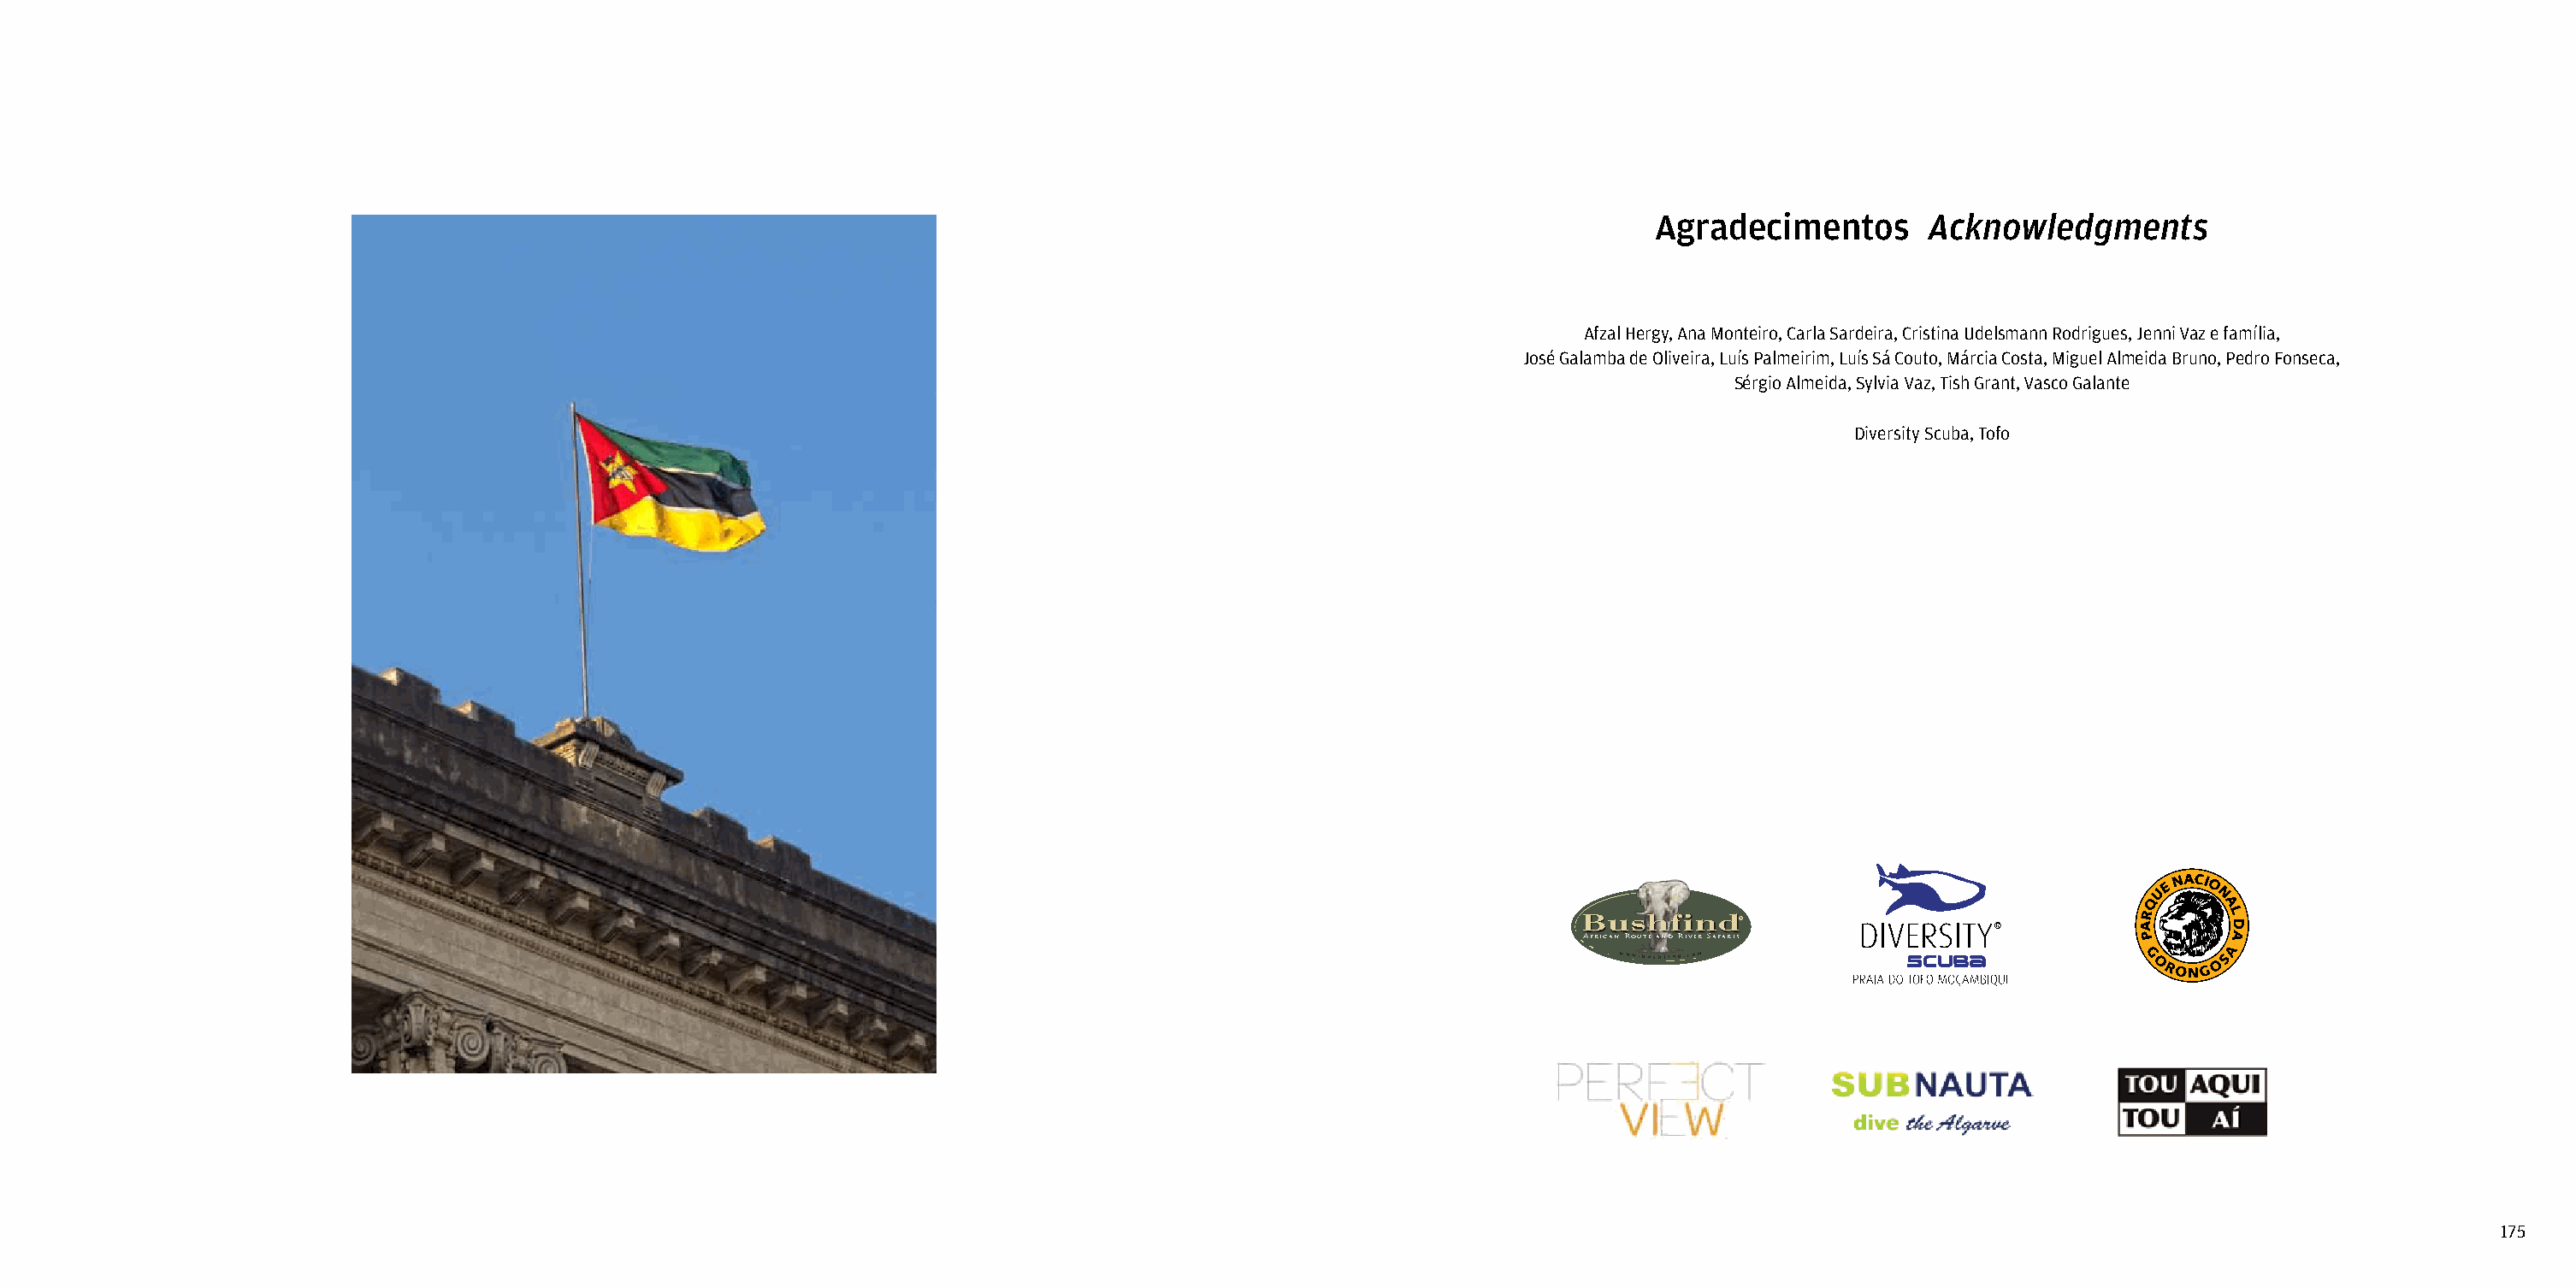
Agradecimentos       Acknowledgments
 Afzal Hergy, Ana Monteiro, Carla Sardeira, Cristina Udelsmann Rodrigues, Jenni Vaz e família,
 José Galamba de Oliveira, Luís Palmeirim, Luís Sá Couto, Márcia Costa, Miguel Almeida Bruno, Pedro Fonseca,
 Sérgio Almeida, Sylvia Vaz, Tish Grant, Vasco Galante
 Diversity Scuba, Tofo
 B ushfindR
 A f r i c a n Route and River Safaris
 www.bush�ind.com
 175